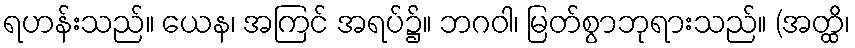
ရဟန်းသည်။ ယေန၊ အကြင် အရပ်၌။ ဘဂဝါ၊ မြတ်စွာဘုရားသည်။ (အတ္ထိ၊